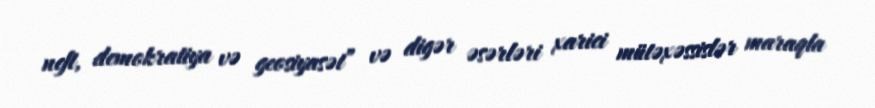
neft, demokratiya və geosiyasət” və digər əsərləri xarici mütəxəssislər maraqla